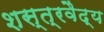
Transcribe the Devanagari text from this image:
शस्त्रवैद्य